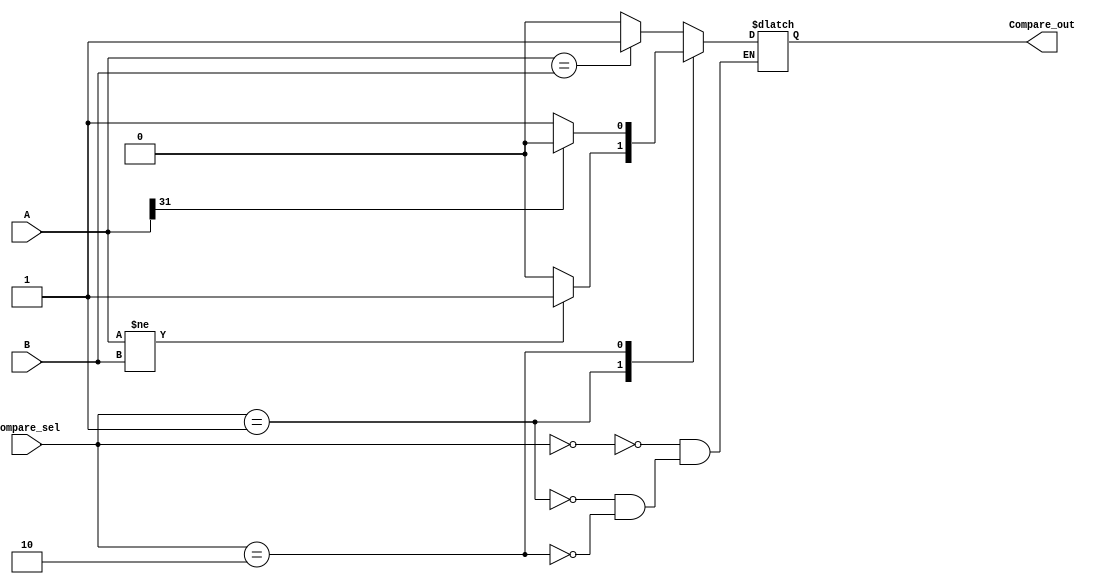
`timescale 1ns / 1ps
//////////////////////////////////////////////////////////////////////////////////
// Company: 
// Engineer: 
// 
// Design Name: 
// Module Name:    CMP 
// Project Name: 
// Target Devices: 
// Tool versions: 
// Description: 
//
// Dependencies: 
//
// Revision: 
// Revision 0.01 - File Created
// Additional Comments: 
//
//////////////////////////////////////////////////////////////////////////////////
module CMP(
    input [31:0] A,
    input [31:0] B,
    input [1:0]Compare_sel,
    output reg Compare_out
    );
	
	always @(*)begin
		case(Compare_sel)
			2'b00:Compare_out = (A == B)?1:0;//beq
			2'b01:Compare_out = (A != B)?1:0;//bne
			2'b10:Compare_out = (A[31] == 0)?1:0;//bgezal
		endcase
	end

endmodule